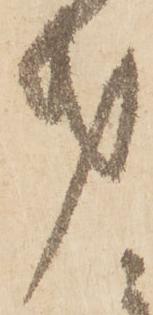
第